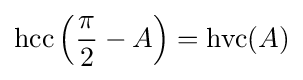
\operatorname {hcc} \left({\frac {\pi }{2}}-A\right)=\operatorname {hvc} (A)